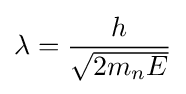
\lambda ={\frac {h}{\sqrt {2m_{n}E}}}